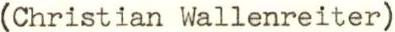
(Christian Wallenreiter)